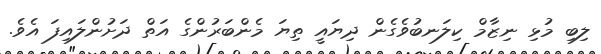
ލިބި މުޅި ނިޒާމް ކިލަނބުވެގެން ދިޔައީ ތިޔަ މެންބަރުންގެ އަތް ދަށުންލައިފަ އެވެ.